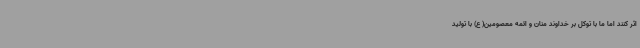
اثر کنند اما ما با توکل بر خداوند منان و ائمه معصومین( ع) با تولید